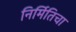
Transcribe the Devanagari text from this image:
निर्मितिचा